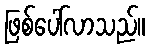
ဖြစ်ပေါ်လာသည်။